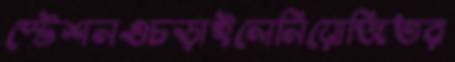
স্টেশনওচড়াইলেনিয়োজিতর